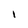
Character: I